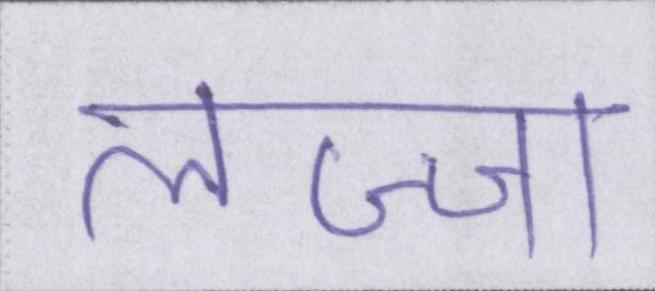
लज्जा